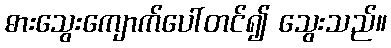
ဓားသွေးကျောက်ပေါ်တင်၍ သွေးသည်။